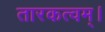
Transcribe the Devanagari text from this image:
तारकत्वम्।